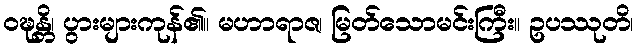
ဝဍ္ဎန္တိ၊ ပွားများကုန်၏။ မဟာရာဇ၊ မြတ်သောမင်းကြီး။ ဥပဿုတိ၊